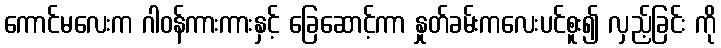
ကောင်မလေးက ဂါဝန်ကားကားနှင့် ခြေဆောင့်ကာ နှုတ်ခမ်းကလေးပင်စူး၍ လှည့်ခြင်း ကို